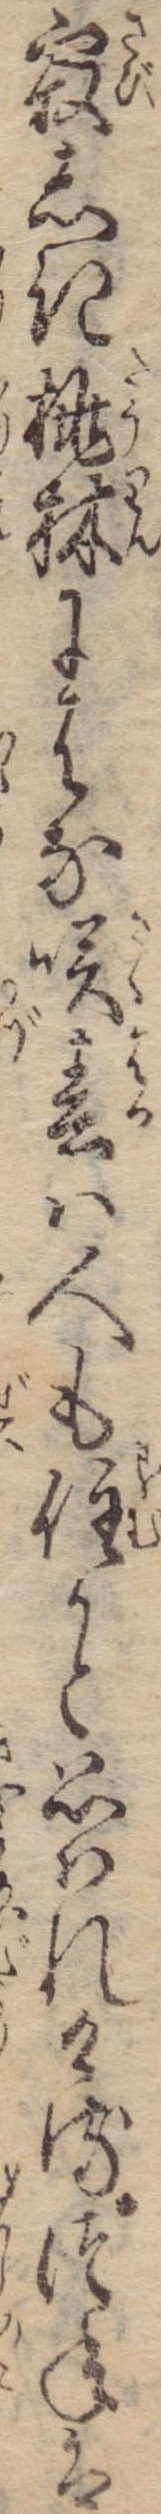
寂しき桃林にはな咲春は人も住かと思はれけるつねは